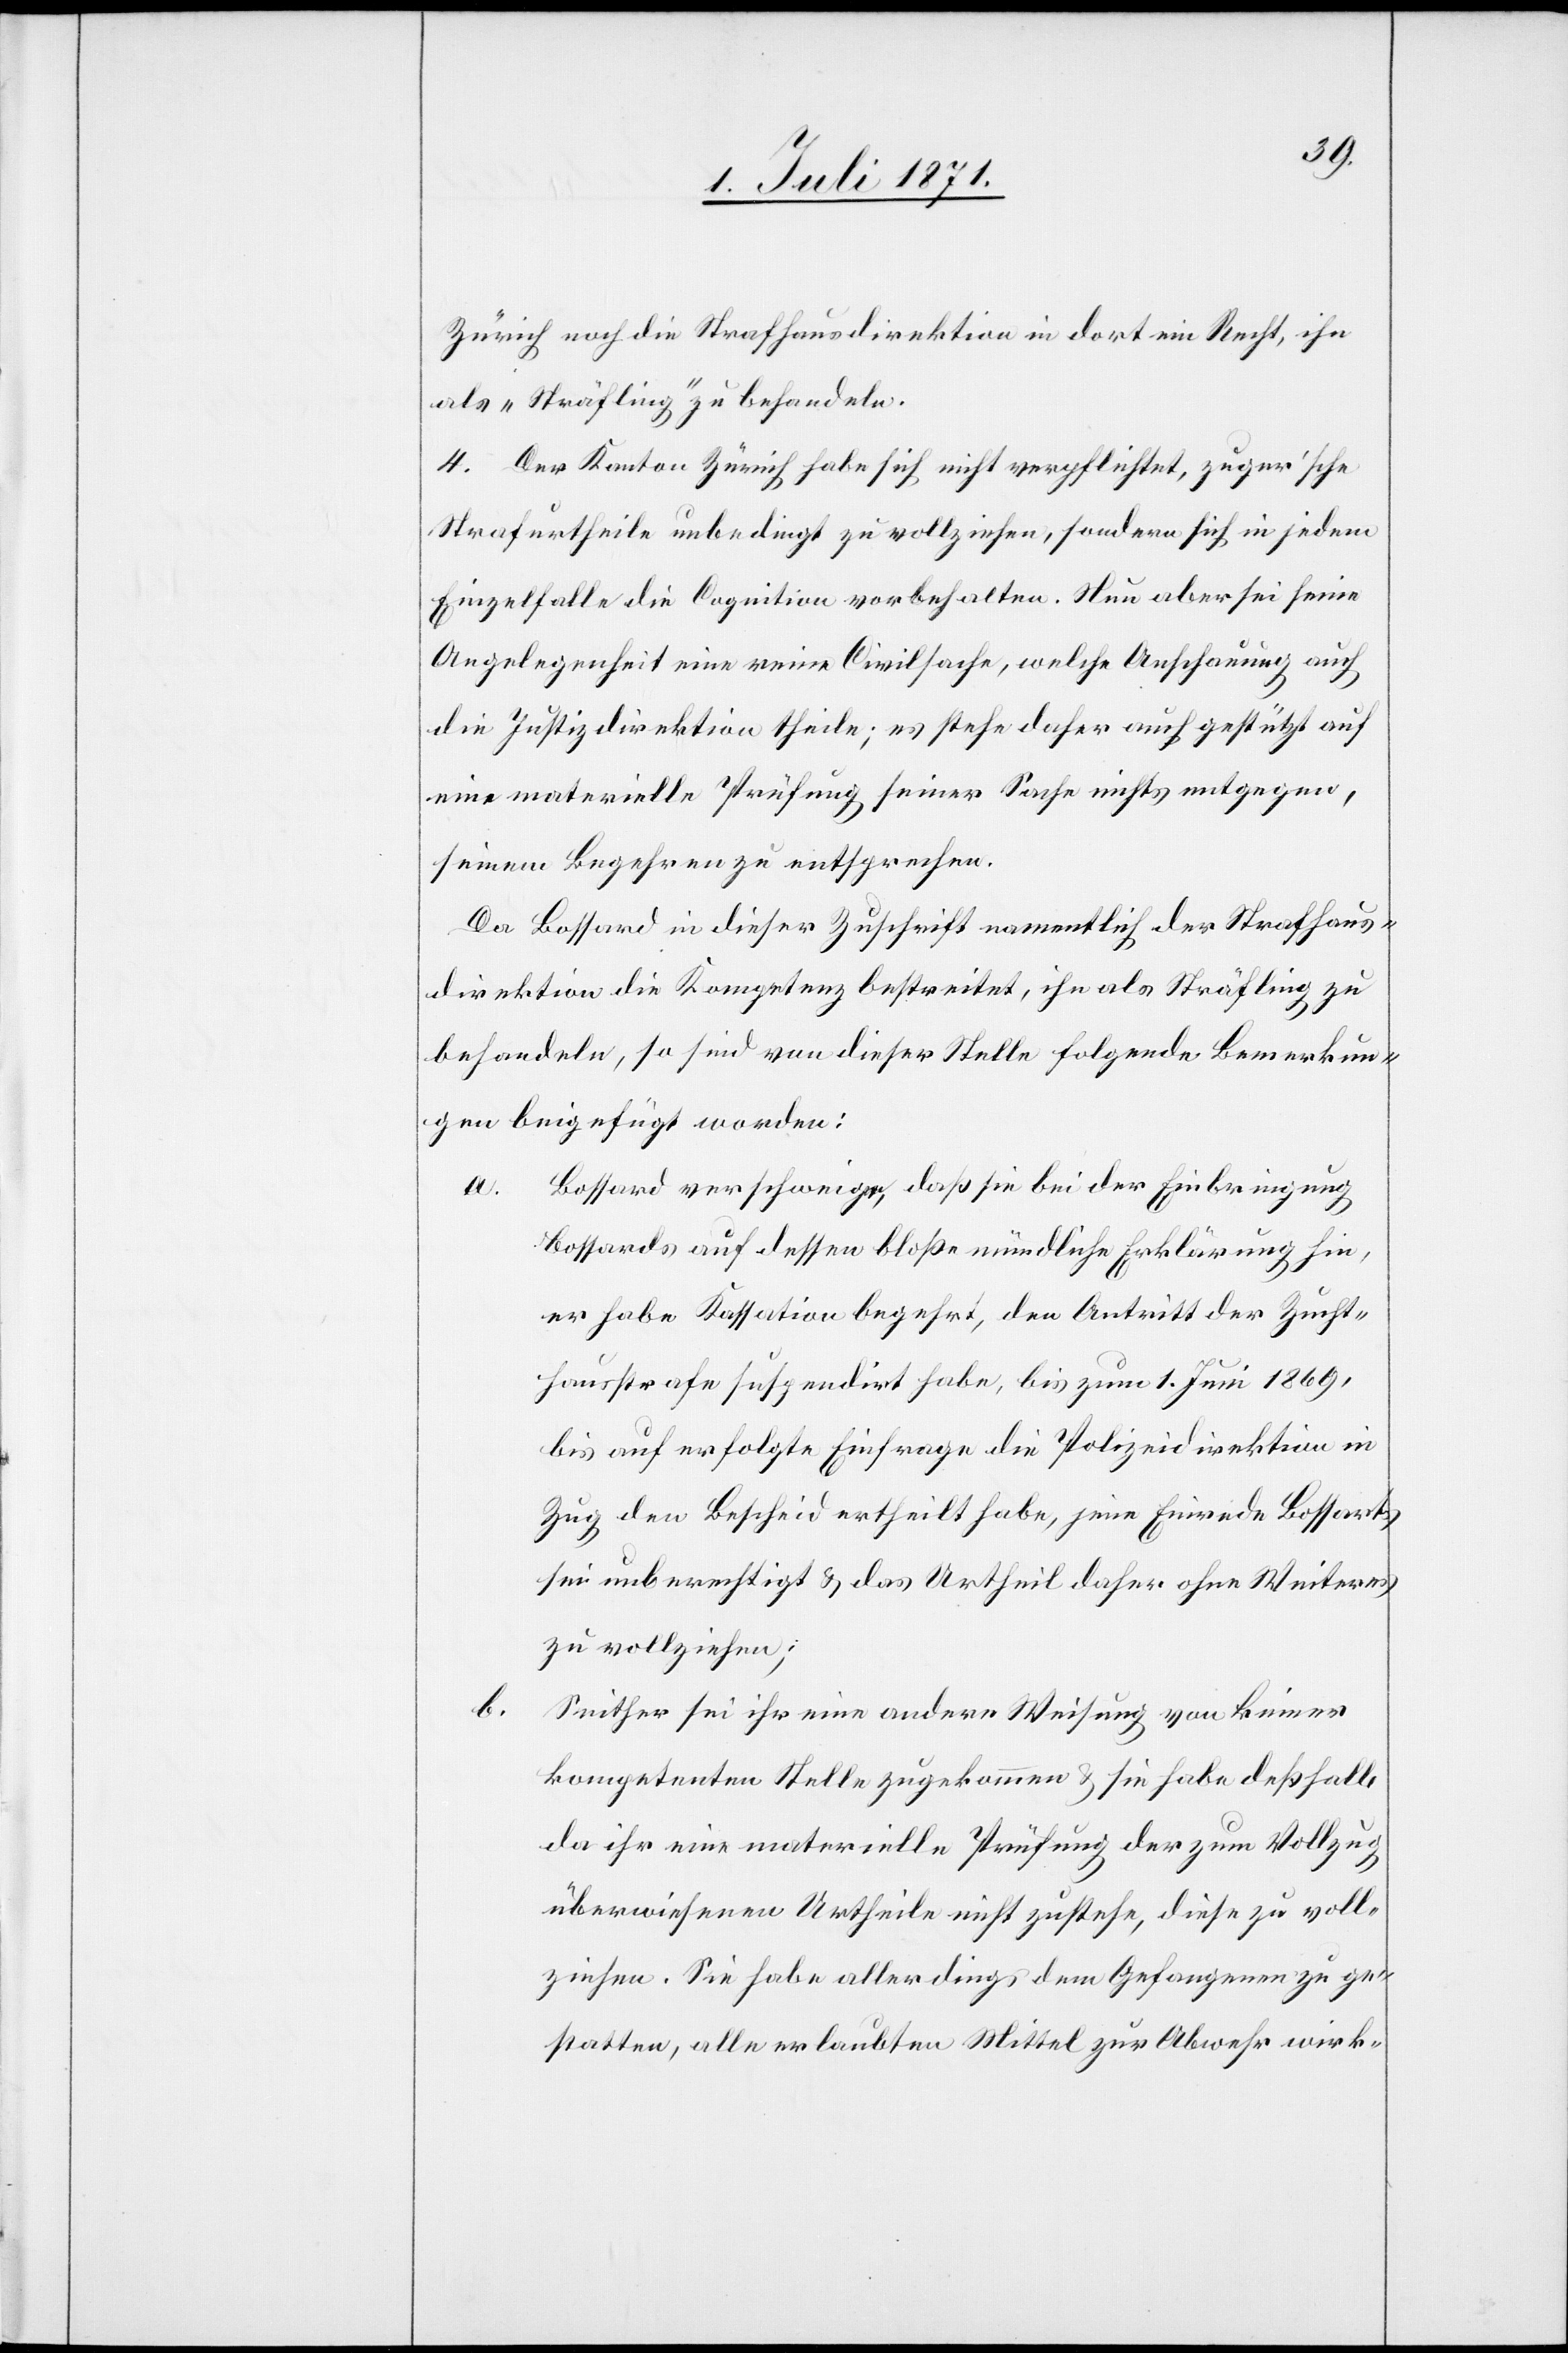
Zürich noch die Strafhausdirektion in dort ein Recht, ihn
als „Sträfling“ zu behandeln.
4. Der Kanton Zürich habe sich nicht verpflichtet, zuger’sche
Strafurtheile unbedingt zu vollziehen, sondern sich in jedem
Einzelfalle die Cognition vorbehalten. Nun aber sei seine
Angelegenheit eine reine Civilsache, welche Anschauung auch
die Justizdirektion theile; es stehe daher auch gestützt auf
eine materielle Prüfung einer Sache nichts entgegen,
seinem Begehren zu entsprechen.
Da Bossard in dieser Zuschrift namentlich der Strafhaus¬
direktion die Kompetenz bestreitet, ihn als Sträfling zu
behandeln, so sind von dieser Stelle folgende Bemerkun¬
gen beigefügt worden:
Bossard verschweige, daß sie bei der Einbringung
Bossards auf dessen bloße mündliche Erklärung hin,
er habe Kassation begehrt, den Antritt der Zucht¬
hausstrafe suspendirt habe, bis zum 1. Juni 1869,
bis auf erfolgte Einfrage die Polizeidirektion in
Zug den Bescheid ertheilt habe, jene Einrede Bossarts
sei unberechtigt u. das Urtheil daher ohne Weiteres
zu vollziehen;
b.
Seither sei ihr eine andere Weisung von keiner
kompetenten Stelle zugekommen u. sie habe deßhalb
da ihr eine materielle Prüfung der zum Vollzug
überwiesenen Urtheile nicht zustehe, diese zu voll¬
ziehen. Sie habe allerdings dem Gefangenen zu ge¬
statten, alle erlaubten Mittel zur Abwehr wirk-